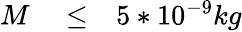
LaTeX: \begin{array}{rlr}{M}&{{}\le}&{5*10^{-9}kg}\end{array}